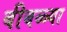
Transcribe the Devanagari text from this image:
बीबळ्या